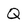
Character: Q